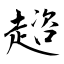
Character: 趦